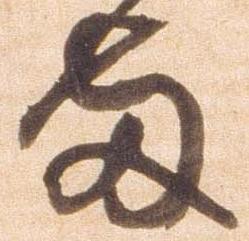
両